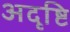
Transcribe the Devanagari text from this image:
अदृष्टि